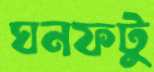
ঘনফটু